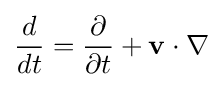
{\frac {d}{dt}}={\frac {\partial }{\partial t}}+\mathbf {v} \cdot \nabla